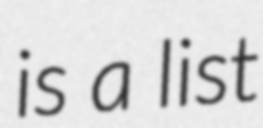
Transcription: is a list